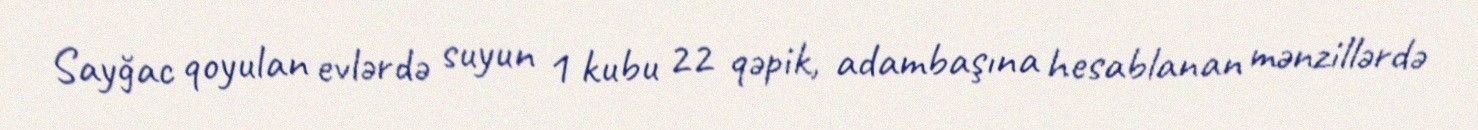
Sayğac qoyulan evlərdə suyun 1 kubu 22 qəpik, adambaşına hesablanan mənzillərdə